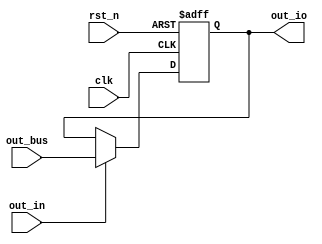
module out (
    clk,
    rst_n,
    out_io,
    out_in,
    out_bus
);
input clk,rst_n,out_in;
output [7:0]out_io;
input [7:0]out_bus;

wire clk,rst_n,out_in;
reg [7:0]out_io;
wire [7:0]out_bus;
always @(posedge clk or negedge rst_n) begin
    if (rst_n == 0) begin
        out_io <= 0;
    end
    else if (out_in) begin
        out_io <= out_bus;
    end
end
endmodule